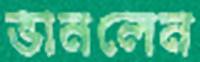
ভানলেন